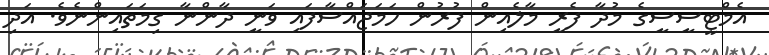
އެމްޓީސީސީގެ މުދާ ފެރީ މާލެއިން ފުރުން ހަމަޖައްސާފައި ވަނީ ދާންނާ ގިމަތައިންނެވެ. އަދި